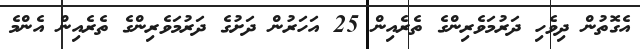
އެގޮތުން ދިވެހި ދަރުމަވެރިންގެ ތެރެއިން 25 އަހަރުން ދަށުގެ ދަރުމަވެރިންގެ ތެރެއިން އެންމެ